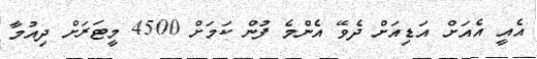
އެއީ އެއަށް އަޑިއަށް ދެވޭ އެންމެ ފުން ކަމަށް 4500 މީޓަރަށް ދިއުމާ